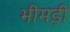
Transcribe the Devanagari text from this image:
भीमड़ी